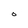
Character: O